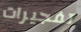
تفجيرات